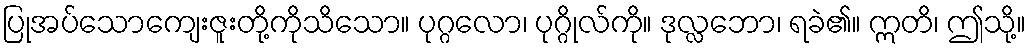
ပြုအပ်သောကျေးဇူးတို့ကိုသိသော။ ပုဂ္ဂလော၊ ပုဂ္ဂိုလ်ကို။ ဒုလ္လဘော၊ ရခဲ၏။ ဣတိ၊ ဤသို့။